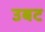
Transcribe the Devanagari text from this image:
उबट